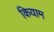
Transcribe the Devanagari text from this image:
कियाम